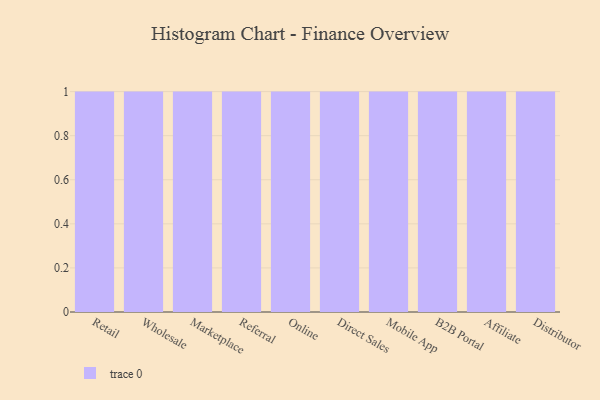
{"axis": {"x": "Channel", "y": "Net Income (USD K)"}, "legend": [""], "data": [{"x": "Retail", "y": 21, "type": ""}, {"x": "Wholesale", "y": 24, "type": ""}, {"x": "Marketplace", "y": 43, "type": ""}, {"x": "Referral", "y": 66, "type": ""}, {"x": "Online", "y": 91, "type": ""}, {"x": "Direct Sales", "y": 78, "type": ""}, {"x": "Mobile App", "y": 26, "type": ""}, {"x": "B2B Portal", "y": 59, "type": ""}, {"x": "Affiliate", "y": 12, "type": ""}, {"x": "Distributor", "y": 94, "type": ""}]}